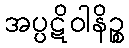
အပ္ပဋိဝါနိဉ္စ